Annual report of the Punjab Veterinary College and of the Civil Veterinary Department, Punjab - 1894-1908
Year: 1894
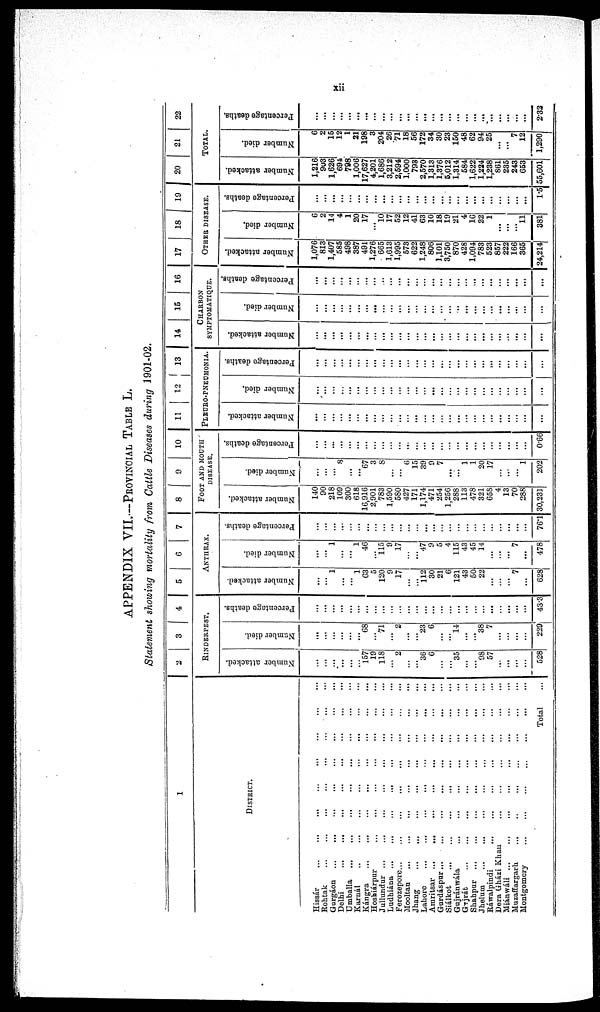
xii
APPENDIX VII.—PROVINCIAL TABLE L.
Statement showing mortality from Cattle Diseases during 1901-02.
1
DISTRICT.
Hissár
...
...
...
...
...
...
...
Rohtak ... ... ... ... ... ... ...
Gurgáon ... ... ... ... ... ... ...
Delhi
...
...
...
...
...
...
Umballa ... ... ... ...
Karnál ... ... ... ...
Kángra ... ... ...
Hoshiárpur ... ... ... ...
Jullundur ... ... ... ...
Ludhiána ...
...
...
...
...
...
...
...
Ferozepore...
...
...
...
...
...
...
Mooltan
...
...
...
...
...
Jhang ... ... ... ... ... ... ...
Lahore
...
...
...
Amritsar
...
...
...
...
...
...
Gurdáspur ... ... ... ... ... ... ...
Siúlkot
...
...
...
...
Gujránwála
... ... ... ... ... ...
Gujrát ... ... ... ... ... ...
Shahpur ...
...
...
...
...
...
...
...
...
Jhelum
...
...
...
...
...
...
...
Ráwalpindi
... ... ... ... ... ... ...
Dera Gházi Khan
... ... ... ... ... ...
Miánwáli ...
...
...
...
Muzaffargarh
... ... ... ... ... ...
Montgomery ... ... ... ... ... ...
Total ...
2 3 4
RINDERPEST.
Number attacked.
...
...
...
...
...
...
157
19
118
...
2
...
...
36
6
...
...
35
...
...
98
57
...
...
...
...
528
Number died.
...
...
...
...
...
...
68
...
71
...
2
...
...
23
6
...
...
14
...
...
38
7
...
...
...
...
229
Percentage deaths.
...
...
...
...
...
...
...
...
...
...
...
...
...
...
...
...
...
...
...
...
...
...
...
...
43.3
5
6
7
ANTHRAX.
Number died.
...
...
1
...
1
63
5
120
9
17
...
...
112
30
21
6
121
43
50
22
...
...
...
7
...
628
Percentage deaths.
...
...
1
...
...
1
46
...
115
9
17
...
47
9
5
4
115
43
45
14
...
...
...
7
...
478
Number attacked.
...
...
...
...
...
...
...
...
...
...
...
...
...
...
...
...
...
...
...
...
...
...
...
761
8
9
10
FOOT AND MOUTH
DISEASE.
Number died.
140
90
218
109
300
618
16,916
2,901
783
1,590
580
427
171
1,174
471
254
1,256
288
113
478
321
658
4
13
70
288
30,231
Percentage deaths.
...
...
...
8
...
...
67
3
8
...
...
6
15
39
9
7
...
...
1
1
20
17
...
...
...
1
202
Number attacked.
...
...
...
...
...
...
...
...
...
...
...
...
...
...
...
...
...
...
...
...
...
...
...
...
...
0.66
11 12 13
PLEURO-PNEUMONIA.
Number died.
...
...
...
...
...
...
...
...
...
...
...
...
...
...
...
...
...
...
...
...
...
...
...
...
...
...
...
Percentage deaths.
...
...
...
...
...
...
...
...
...
...
...
...
...
...
...
...
...
...
...
...
...
...
...
...
...
Number attacked.
...
...
...
...
...
...
...
...
...
...
...
...
...
...
...
...
...
...
...
...
...
...
...
...
...
...
...
14
15
16
CHARBON
SYMPTOMATIQUE.
Number died.
...
...
...
...
...
...
...
...
...
...
...
...
...
...
...
...
...
...
...
...
...
...
...
...
...
...
...
Percentage deaths.
...
...
...
...
...
...
...
...
...
...
...
...
...
...
...
...
...
...
...
...
...
...
...
...
Number attacked.
...
...
...
...
...
...
...
...
...
...
...
...
...
...
...
...
...
...
...
...
...
...
...
...
...
...
17 18 19
OTHER DISEASE.
Number died.
1,076
813
1,407
585
498
387
491
1,276
665
1,613
1,995
573
622
1,248
806
1,101
3,750
870
428
1,094
783
523
857
222
166
365
24,214
Percentage deaths.
6
2
14
4
1
20
17
...
10
17
52
12
41
63
10
18
19
21
4
16
22
1
...
...
...
11
381
Number attacked.
...
...
...
...
...
...
...
...
...
...
...
...
...
...
...
...
...
...
...
...
...
...
...
...
...
...
1.5
20
21
22
TOTAL.
Number died.
1,216
903
1,626
694
798
1,006
17,627
4,201
1,686
3,212
2,594
1,000
793
2,570
1,313
1,376
5,012
1,314
584
1,622
1,224
1,238
861
235
243
653
55,601
Percentage deaths.
6
2
15
12
1
21
198
3
204
26
71
18
56
172
34
30
23
150
48
62
94
25
...
...
7
12
1,290
Number attacked.
...
...
...
...
...
...
...
...
...
...
...
...
...
...
...
...
...
...
...
...
...
...
2.32